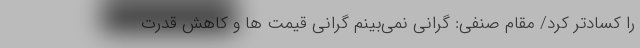
را کسادتر کرد/ مقام صنفی: گرانى نمى‌بینم گرانی قیمت ها و کاهش قدرت